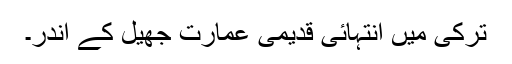
ترکی میں انتہائی قدیمی عمارت جھیل کے اندر۔